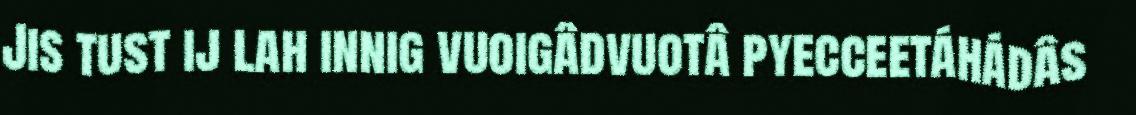
Jis tust ij lah innig vuoigâdvuotâ pyecceetáhádâs